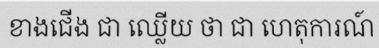
ខាងជើង ជា ឈ្លើយ ថា ជា ហេតុការណ៍